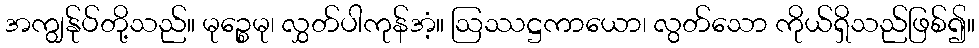
အကျွန်ုပ်တို့သည်။ မုဉ္စေမု၊ လွှတ်ပါကုန်အံ့။ ဩဿဋ္ဌကာယော၊ လွတ်သော ကိုယ်ရှိသည်ဖြစ်၍။